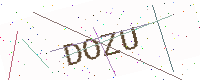
Text: DOZU